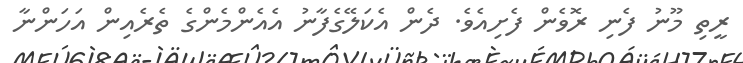
ރީތި މޫނު ފެނި ރޮވެން ފެށިއެވެ. ދެން އެކަލޭގެފާނު އެއެންމެންގެ ތެރެއިން އަހަންނާ